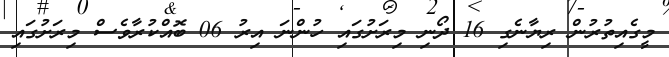
މީގެއިތުރުން ރިޔާނެގި 16 ދޯނި މިރަށުގައި ހުންނަ އިރު 06 ބޮއްކުރާވެސް މިރަށުގައި